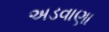
અડવાણા